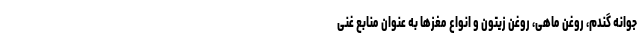
جوانه گندم، روغن ماهی، روغن زیتون و انواع مغزها به عنوان منابع غنی